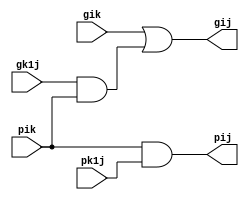
`timescale 1ns / 1ps
//////////////////////////////////////////////////////////////////////////////////
// Company: 
// Engineer: 
// 
// Design Name: 
// Module Name:    Black 
// Project Name: 
// Target Devices: 
// Tool versions: 
// Description: 
//
// Dependencies: 
//
// Revision: 
// Revision 0.01 - File Created
// Additional Comments: 
//
//////////////////////////////////////////////////////////////////////////////////
module Black(gij, pij, gik, gk1j, pik, pk1j);
output gij, pij;
input gik, gk1j, pik, pk1j;
wire w;
and a1(w, gk1j, pik);
or o1(gij, gik, w);
and a2(pij, pik, pk1j);
endmodule